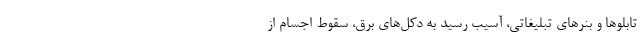
تابلوها و بنرهای تبلیغاتی، آسیب رسید به دکل‌های برق، سقوط اجسام از